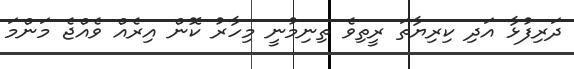
ދަރިފުޅާ އަދި ކިރިޔާތަ ރީތިވެ ތިނިމުނީ މިހާރު ކޮން އިރެއް ވެއްޖެ މަންމަ